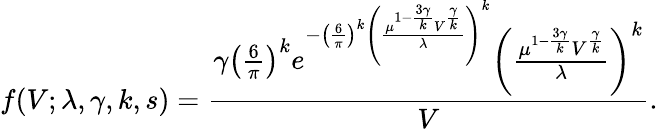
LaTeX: f(V;\lambda,\gamma,k,s)=\frac{\gamma\left(\frac{6}{\pi}\right)^{k}e^{-\left(\frac{6}{\pi}\right)^{k}\left(\frac{\mu^{1-\frac{3\gamma}{k}}V^{\frac{\gamma}{k}}}{\lambda}\right)^{k}}\left(\frac{\mu^{1-\frac{3\gamma}{k}}V^{\frac{\gamma}{k}}}{\lambda}\right)^{k}}{V}.